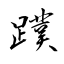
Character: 蹼